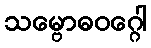
သမ္ဗောဓဝဂ္ဂေါ